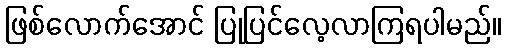
ဖြစ်လောက်အောင် ပြုပြင်လေ့လာကြရပါမည်။